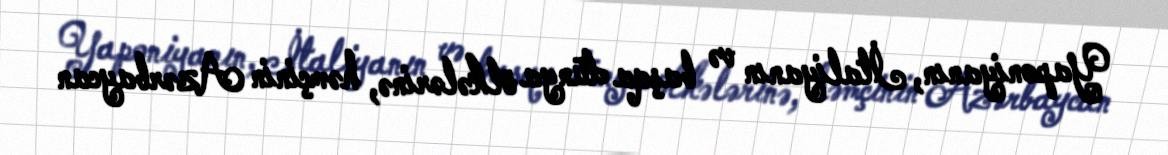
Yaponiyanın, İtaliyanın və başqa dünya ölkələrinə, həmçinin Azərbaycan